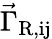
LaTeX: \vec{\Gamma}_{\mathrm{R,ij}}